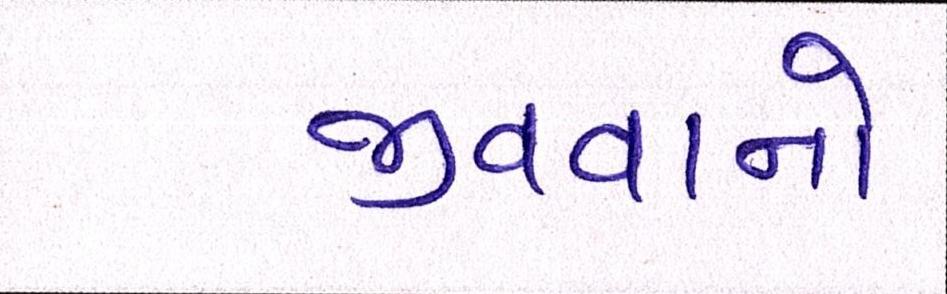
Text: જીવવાનો